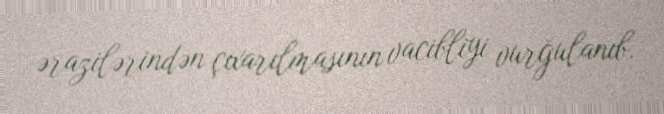
ərazilərindən çıxarılmasının vacibliyi vurğulanıb.